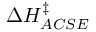
\Delta H _ { A C S E } ^ { \ddagger }